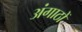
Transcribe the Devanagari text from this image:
अंगाठों